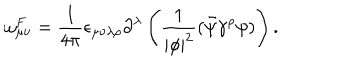
LaTeX: \omega _ { \mu \nu } ^ { F } = \frac { 1 } { 4 \pi } \epsilon _ { \mu \nu \lambda \rho } \partial ^ { \lambda } \left( \frac { 1 } { | \phi | ^ { 2 } } ( \bar { \psi } \gamma ^ { \rho } \psi ) \right) .